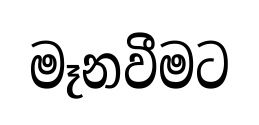
මෑනවීමට